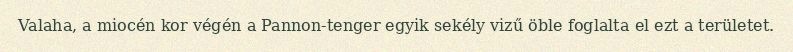
Valaha, a miocén kor végén a Pannon-tenger egyik sekély vizű öble foglalta el ezt a területet.